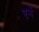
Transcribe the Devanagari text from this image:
एर्न